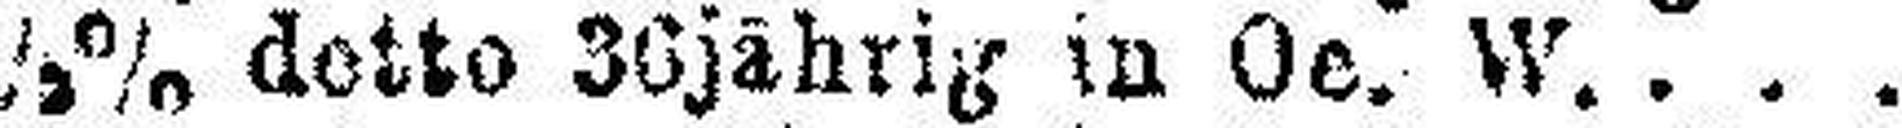
5½% detto 36jährig in Oe. W.